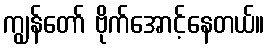
ကျွန်တော် ဗိုက်အောင့်နေတယ်။